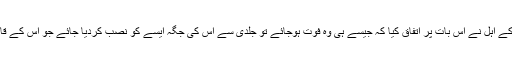
اور وہاں کے اہل نے اس بات پر اتفاق کیا کہ جیسے ہی وہ فوت ہوجائے تو جلدی سے اس کی جگہ ایسے کو نصب کردیا جائے جو اس کے قائم مقام ہو۔